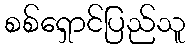
စစ်ရှောင်ပြည်သူ